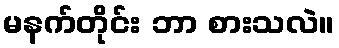
မနက်တိုင်း ဘာ စားသလဲ။